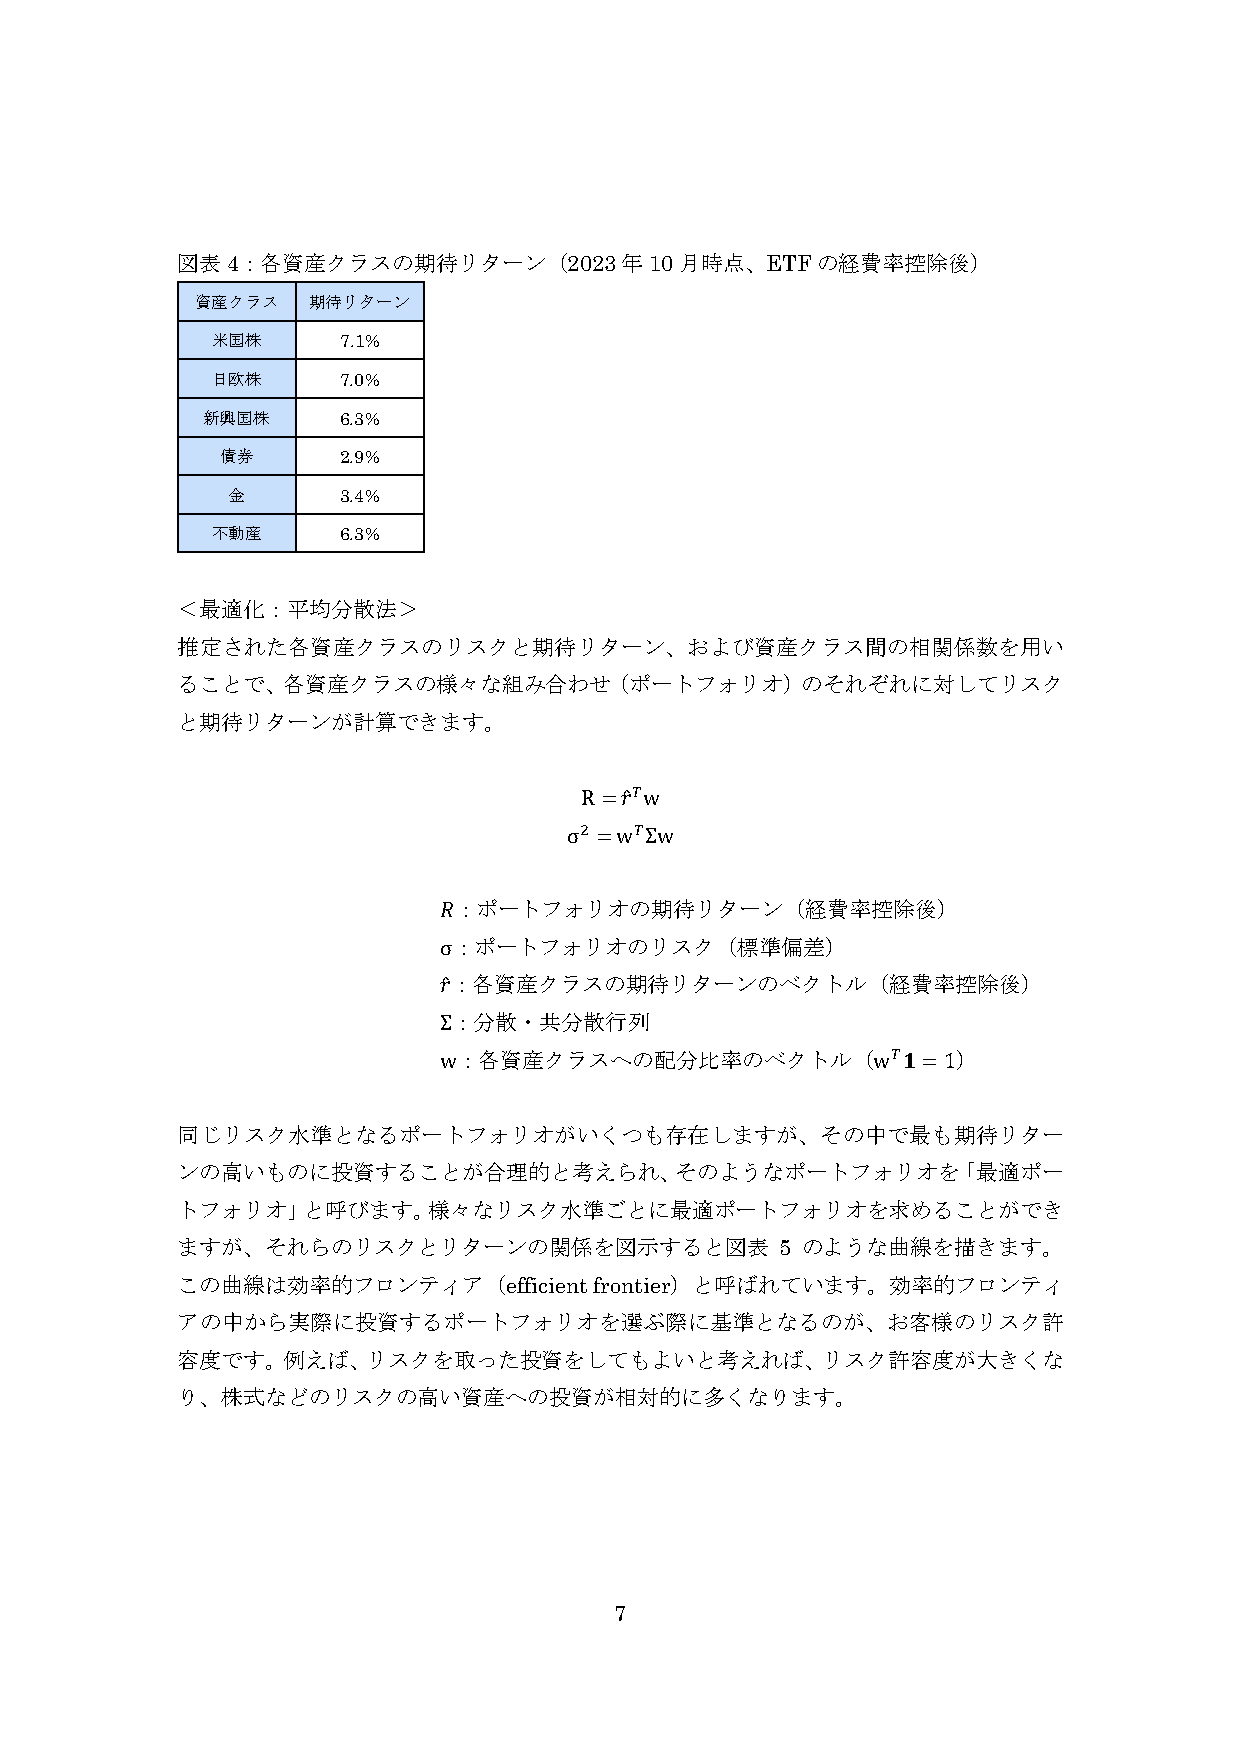
図表4：各資産クラスの期待リターン（2023年10月時点、ETFの経費率控除後）
 資産クラス  期待リターン
 米国株     7.1%
 日欧株     7.0%
 新興国株     6.3%
 債券     2.9%
 金      3.4%
 不動産     6.3%
 ＜最適化：平均分散法＞
 推定された各資産クラスのリスクと期待リターン、および資産クラス間の相関係数を用い
 ることで、各資産クラスの様々な組み合わせ（ポートフォリオ）のそれぞれに対してリスク
 と期待リターンが計算できます。
 R=𝑟̂𝑇w
 σ2 =w𝑇Σw
 𝑅：ポートフォリオの期待リターン（経費率控除後）
 σ：ポートフォリオのリスク（標準偏差）
 𝑟̂：各資産クラスの期待リターンのベクトル（経費率控除後）
 Σ：分散・共分散行列
 w：各資産クラスへの配分比率のベクトル（w𝑇𝟏=1）
 同じリスク水準となるポートフォリオがいくつも存在しますが、その中で最も期待リター
 ンの高いものに投資することが合理的と考えられ、そのようなポートフォリオを「最適ポー
 トフォリオ」と呼びます。様々なリスク水準ごとに最適ポートフォリオを求めることができ
 ますが、それらのリスクとリターンの関係を図示すると図表             5 のような曲線を描きます。
 この曲線は効率的フロンティア（efficient   frontier）と呼ばれています。効率的フロンティ
 アの中から実際に投資するポートフォリオを選ぶ際に基準となるのが、お客様のリスク許
 容度です。例えば、リスクを取った投資をしてもよいと考えれば、リスク許容度が大きくな
 り、株式などのリスクの高い資産への投資が相対的に多くなります。
 7